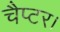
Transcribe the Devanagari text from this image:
चैप्टर।